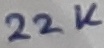
Text: 22K